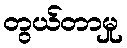
တွယ်တာမှု